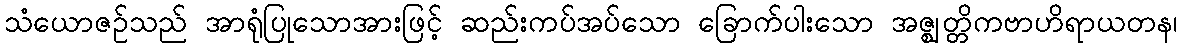
သံယောဇဉ်သည် အာရုံပြုသောအားဖြင့် ဆည်းကပ်အပ်သော ခြောက်ပါးသော အဇ္ဈတ္တိကဗာဟိရာယတန၊